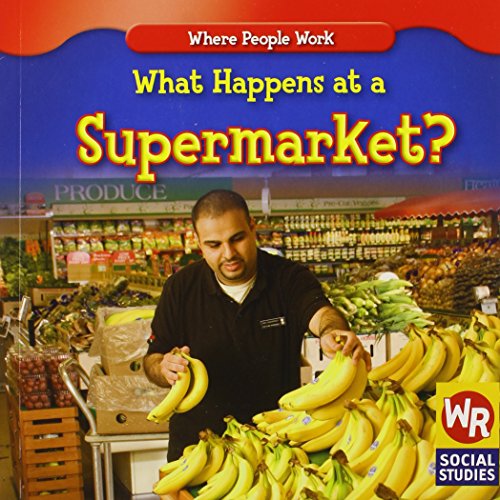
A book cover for What Happens at a Supermarket? (Where People Work); Amy Hutchings; Business & Money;